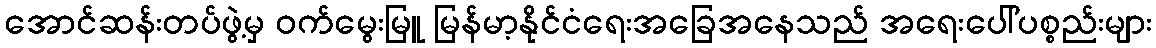
အောင်ဆန်းတပ်ဖွဲ့မှ ဝက်မွေးမြူ မြန်မာ့နိုင်ငံရေးအခြေအနေသည် အရေးပေါ်ပစ္စည်းများ